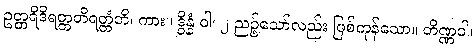
ဥတ္တရိဒိရတ္တတိရတ္တံတိ၊ ကား။ ဒွိန္နံ ဝါ၊ ၂ ညဉ့်သော်လည်း ဖြစ်ကုန်သော။ တိဏ္ဏဝါ၊